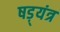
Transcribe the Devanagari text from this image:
षड़्यंत्र